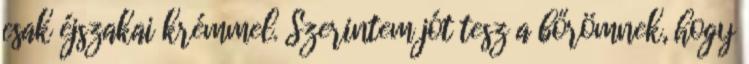
csak éjszakai krémmel. Szerintem jót tesz a bőrömnek, hogy